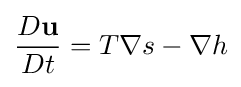
{\frac {D\mathbf {u} }{Dt}}=T\nabla s-\nabla h